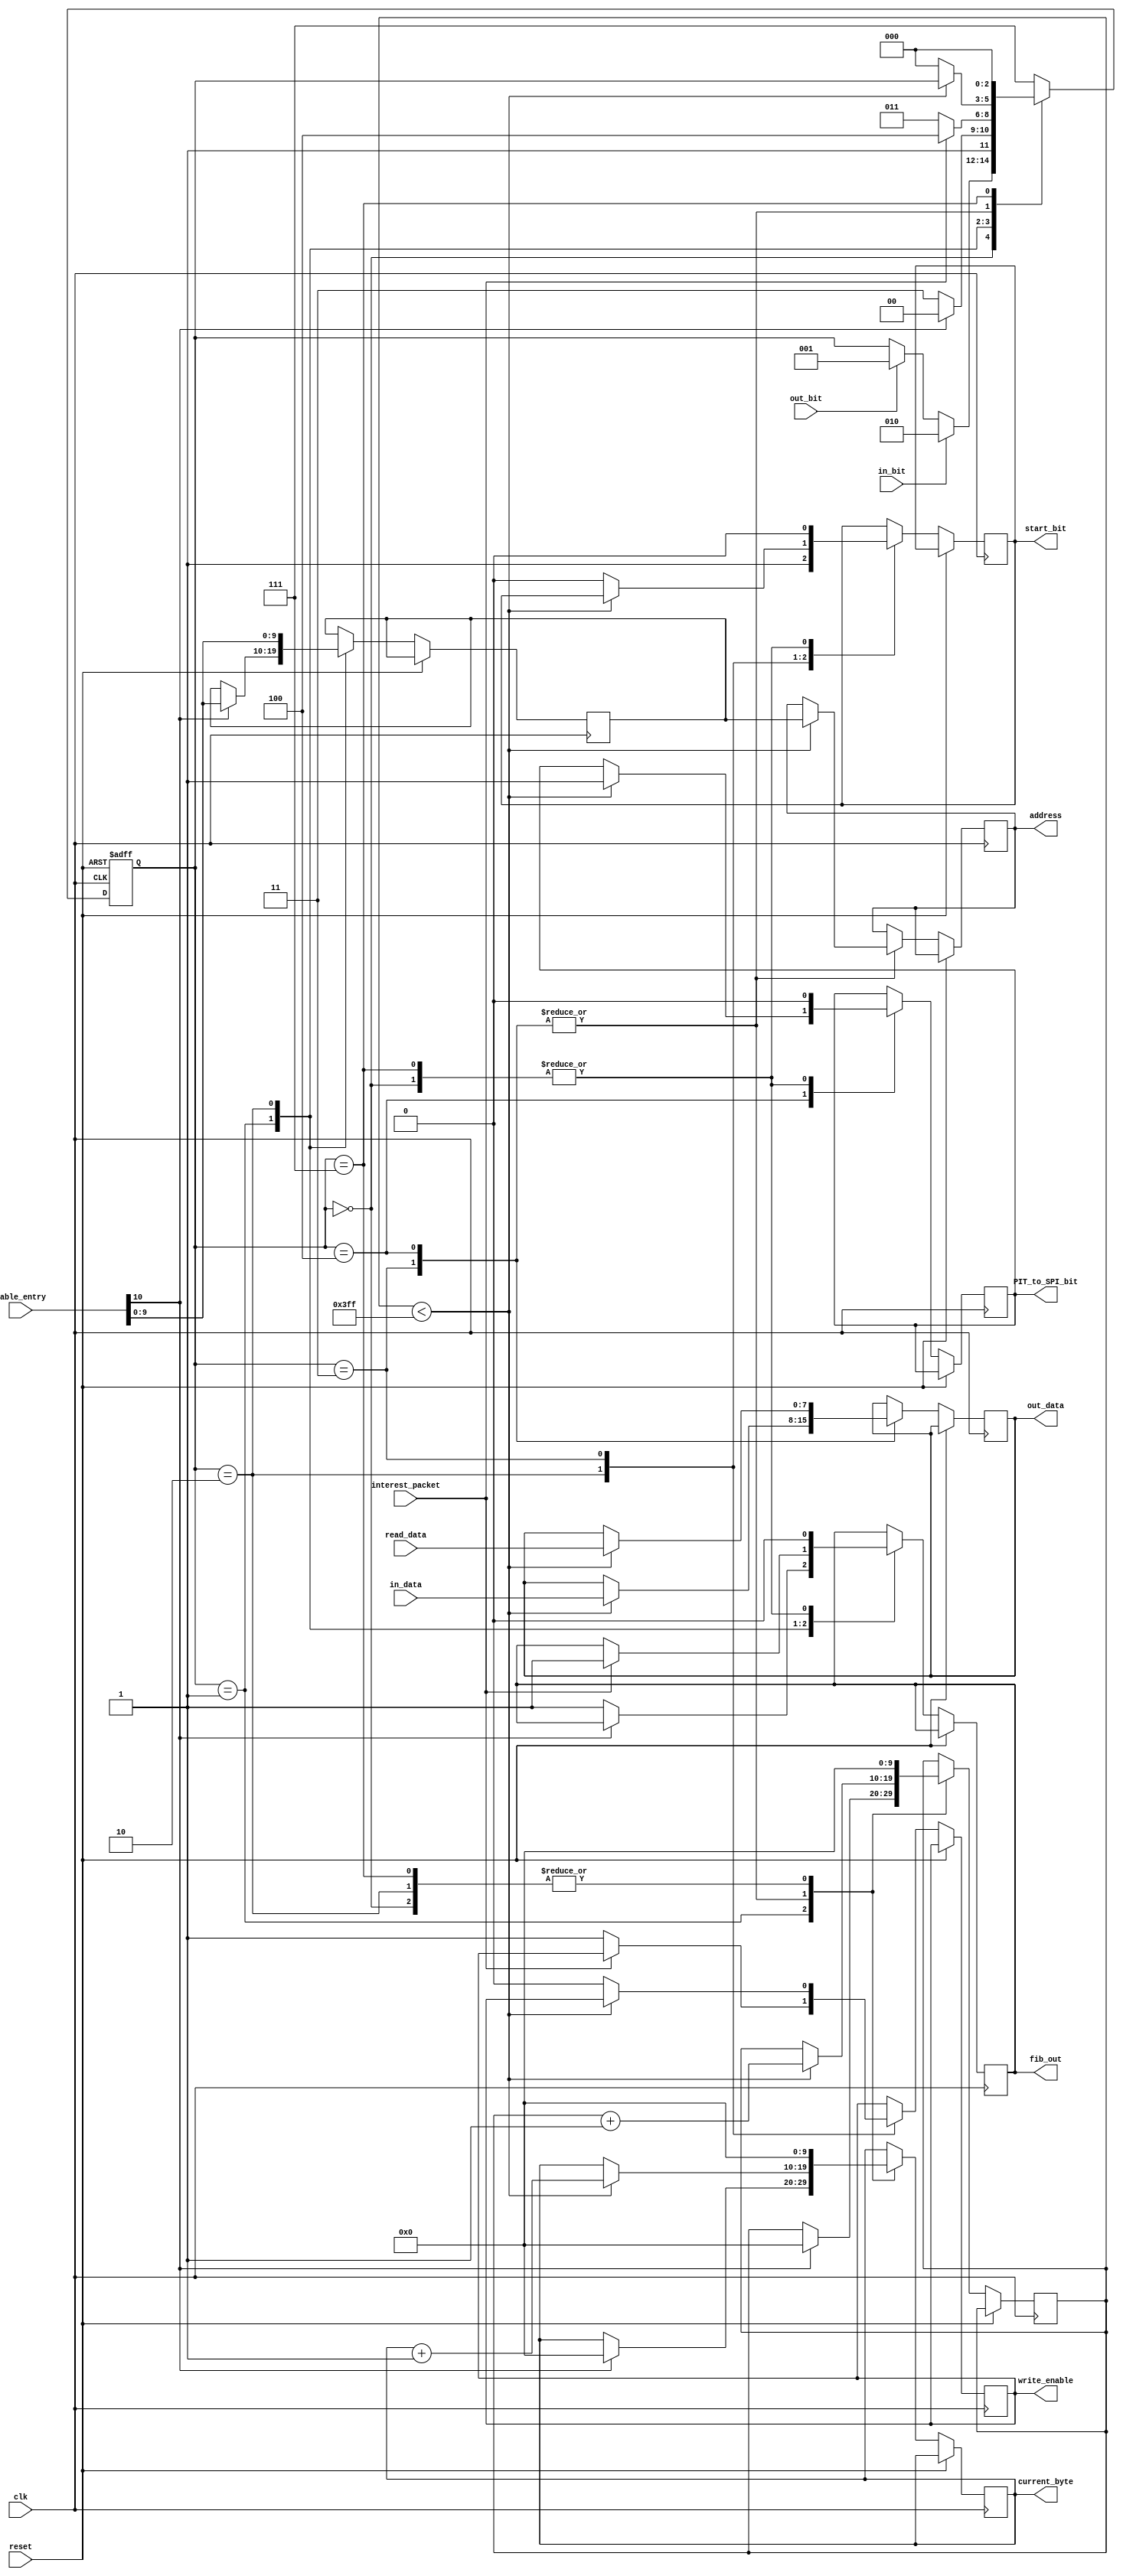
module PIT(table_entry, address, current_byte, in_data, read_data, out_data, write_enable, in_bit, out_bit, interest_packet, start_bit, PIT_to_SPI_bit, fib_out, clk, reset);

// I changed this to 11 bits b/c pit never checks requested bit
input [10:0] table_entry; // it's easier to just pass the whole table entry instead of concatenating it
input [7:0] in_data, read_data;
input in_bit, out_bit, interest_packet, clk, reset;

output reg [9:0] address;
output reg [9:0] current_byte;
output reg [7:0] out_data;
output reg start_bit, write_enable, fib_out;
output reg PIT_to_SPI_bit;

reg [2:0] state;
reg [9:0] pit_address;
reg [9:0] memory_count;


parameter IDLE = 3'b000;
parameter RECEIVING_PIT = 3'b001;
parameter RECEIVING_FIB = 3'b010;
parameter MEMORY_IN = 3'b011;
parameter MEMORY_OUT = 3'b100;
parameter RESET = 3'b111;
parameter received_bit = 10;

always@(posedge clk, posedge reset)
if(reset) begin
	state <= RESET;
end else begin
begin
	case(state)
	IDLE:
	begin
		PIT_to_SPI_bit <= 0;
		fib_out <= 0;
		memory_count <= 0;
		current_byte <= 0;
		start_bit <= 0;	
		if(out_bit)
		begin
			state <= RECEIVING_PIT;
		end
		if(in_bit)
		begin
			state <= RECEIVING_FIB;
		end
	end

	RECEIVING_PIT:
	begin
		if(table_entry[received_bit])
		begin
			state <= MEMORY_OUT;
			pit_address <= table_entry[9:0];
			memory_count <= 0;
			current_byte <= 0;
		end
		else
		begin
			fib_out <= 1;
			state <= RESET;
		end
	end
	RECEIVING_FIB:
	begin
		memory_count <= 0;
		pit_address <= table_entry[9:0];
		current_byte <= 0;
		start_bit <= 1;
		if(interest_packet) begin // If FIB sent an interest packet and the PIT has that packet, set fib_out and start_bit high to notify it has the data
			state <= MEMORY_OUT; // otherwise just the start bit is high and the FIB will know it doesn't have the data
			fib_out <= 1;
		end 
		else begin
			write_enable <= 1;
			state <= MEMORY_IN;
		end
	end

	MEMORY_IN:
	begin
		if(memory_count < 1023)
		begin
			out_data <= in_data;
			address <= pit_address;
			current_byte <= current_byte + 1;
			memory_count <= memory_count + 1;
		end
		else
		begin
			state <= IDLE;
			start_bit <= 0;
			write_enable <= 0;
		end
	end

	MEMORY_OUT:
	begin
		if(memory_count < 1023)
		begin
			out_data <= read_data;
			address <= pit_address;
			current_byte <= current_byte + 1;
			memory_count <= memory_count + 1;
			PIT_to_SPI_bit <= 1;
		end
		else
		begin
			state <= IDLE;
		end
	end

	RESET:
	begin
		fib_out <= 0;
		memory_count <= 0;
		current_byte <= 0;
		start_bit <= 0;
		state <= IDLE;
		PIT_to_SPI_bit <= 0;
	end
	default:
	begin
		state <= RESET;
	end
	endcase
end
end
endmodule